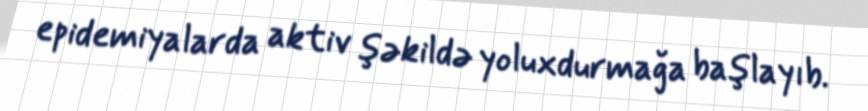
epidemiyalarda aktiv şəkildə yoluxdurmağa başlayıb.